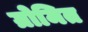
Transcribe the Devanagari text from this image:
ग्रोमित